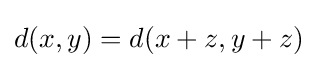
d(x,y)=d(x+z,y+z)